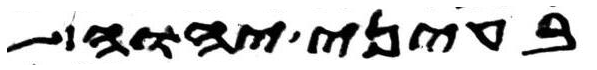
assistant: בעיני יהוה